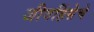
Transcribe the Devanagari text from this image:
जीवहिंसेचे